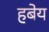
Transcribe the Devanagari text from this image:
हबेय